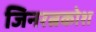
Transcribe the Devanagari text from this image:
जिनरत्नकोश